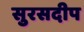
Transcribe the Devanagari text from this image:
सुरसदीप